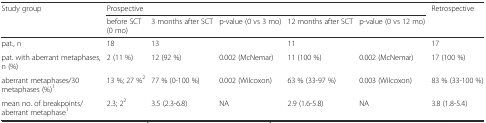
| Study group | <COLSPAN=5> Prospective | Retrospective |
 |  | before SCT (0 mo) | 3 months after SCT | p-value (0 vs 3 mo) | 12 months after SCT | p-value (0 vs 12 mo) |  |
 | --- | --- | --- | --- | --- | --- | --- |
 | pat., n | 18 | 13 |  | 11 |  | 17 |
 | pat. with aberrant metaphases, n (%) | 2 (11 %) | 12 (92 %) | 0.002 (McNemar) | 11 (100 %) | 0.002 (McNemar) | 17 (100 %) |
 | aberrant metaphases/30 metaphases (%)1 | 13 %; 27 %2 | 77 % (0-100 %) | 0.002 (Wilcoxon) | 63 % (33-97 %) | 0.003 (Wilcoxon) | 83 % (33-100 %) |
 | mean no. of breakpoints/aberrant metaphase1 | 2.3; 22 | 3.5 (2.3-6.8) | NA | 2.9 (1.6-5.8) | NA | 3.8 (1.8-5.4) |